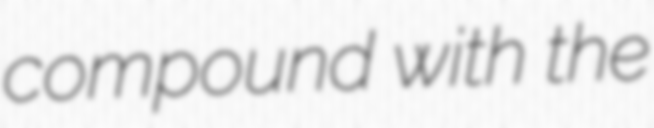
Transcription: compound with the